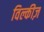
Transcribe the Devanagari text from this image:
विल्कीज़